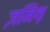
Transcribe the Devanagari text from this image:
ज़निथ़